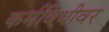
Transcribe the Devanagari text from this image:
कर्मविधीवर